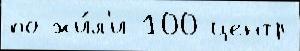
по жи́л'и 100 центр